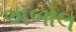
અબોલ